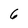
Character: 6